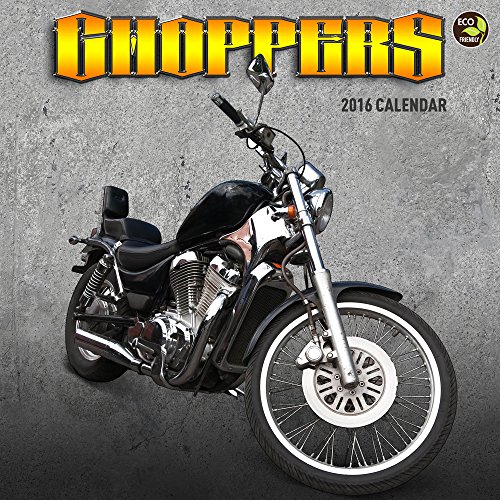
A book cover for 2016 Choppers Wall Calendar; TF Publishing; Arts & Photography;